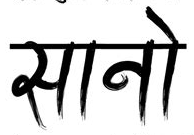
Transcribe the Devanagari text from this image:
सानो